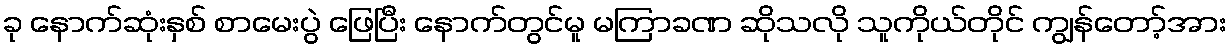
ခု နောက်ဆုံးနှစ် စာမေးပွဲ ဖြေပြီး နောက်တွင်မူ မကြာခဏ ဆိုသလို သူကိုယ်တိုင် ကျွန်တော့်အား